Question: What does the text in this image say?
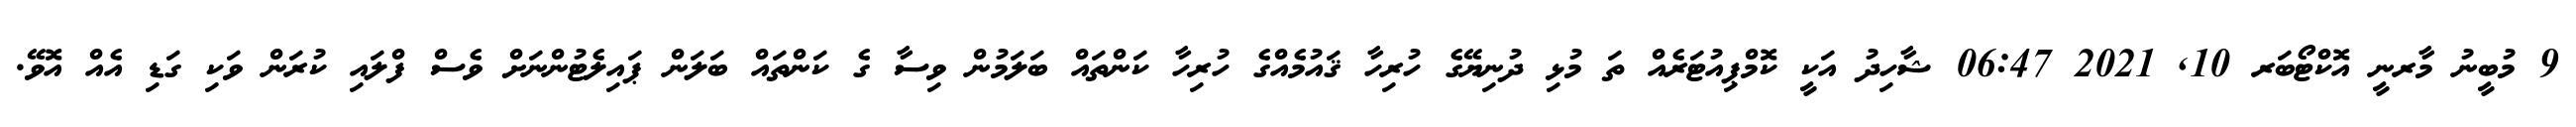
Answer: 9 މުބީނު މާރނީ އޮކްޓޯބަރ 10, 2021 06:47 ޝާހިދު އަކީ ކޮމްޕިއުޓަރެއް ތަ މުޅި ދުނިޔޭގެ ހުރިހާ ޤައުމެއްގެ ހުރިހާ ކަންތައް ބަލަމުން ވިސާ ގެ ކަންތައް ބަލަން ޕައިލެޓުންނަށް ވެސް ފްލައި ކުރަން ވަކި ގަޑި އެއް އޮވޭ.